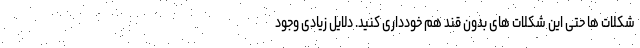
شکلات ها حتی این شکلات های بدون قند هم خودداری کنید. دلایل زیادی وجود